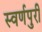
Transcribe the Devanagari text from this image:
स्वर्णपुरी